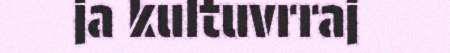
ja kultuvrraj